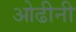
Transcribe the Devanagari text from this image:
ओढीनी